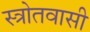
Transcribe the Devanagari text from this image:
स्त्रोतवासी